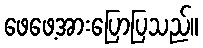
ဖေဖေ့အားပြောပြသည်။